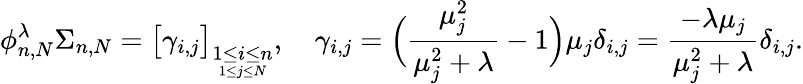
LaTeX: \phi_{n,N}^{\lambda}\Sigma_{n,N}=\big[\gamma_{i,j}\big]_{\underset{1\leq j\leq N}{1\leq i\leq n}},\quad\gamma_{i,j}=\Big(\frac{{\mu}_{j}^{2}}{{\mu}_{j}^{2}+\lambda}-1\Big)\mu_{j}\delta_{i,j}=\frac{-\lambda\mu_{j}}{{\mu}_{j}^{2}+\lambda}\delta_{i,j}.